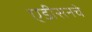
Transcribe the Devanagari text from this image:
एडीसनचे